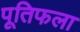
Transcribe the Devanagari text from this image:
पूतिफला